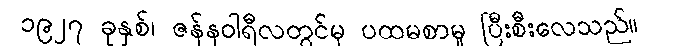
၁၉၂၇ ခုနှစ်၊ ဇန်နဝါရီလတွင်မှ ပထမစာမူ ပြီးစီးလေသည်။